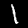
Label: 1